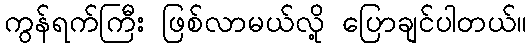
ကွန်ရက်ကြီး ဖြစ်လာမယ်လို့ ပြောချင်ပါတယ်။